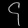
Digit: ၄